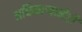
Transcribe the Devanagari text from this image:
अधिकाऱ्यानेही